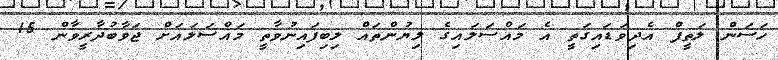
ހަސަން ލަތީފް އެދިވަޑައިގަތީ އެ މައްސަލައިގެ ލިޔުންތައް ލިބިފައިނުވާތީ މައްސަލައަށް ޖަވާބުދާރީވާން 15